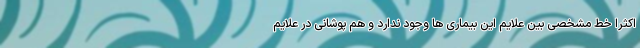
اکثرا خط مشخصی بین علایم این بیماری ها وجود ندارد و هم پوشانی در علایم